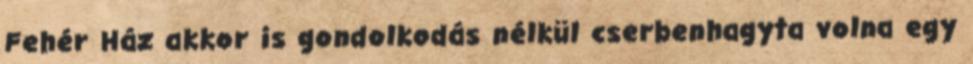
Fehér Ház akkor is gondolkodás nélkül cserbenhagyta volna egy